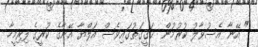
" އޭނާ އެސުވާލު ކުރުމުން  ޙަޤީޤަތުގައިވެސް އަލްޔާ އޭނާގެ ކުރީގެ ފިރިމީހާ